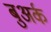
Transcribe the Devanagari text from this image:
बुअर्क